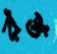
রপ্ত